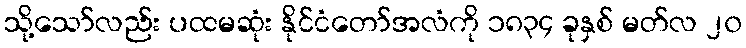
သို့သော်လည်း ပထမဆုံး နိုင်ငံတော်အလံကို ၁၈၃၄ ခုနှစ် မတ်လ ၂၀